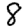
Digit: 8